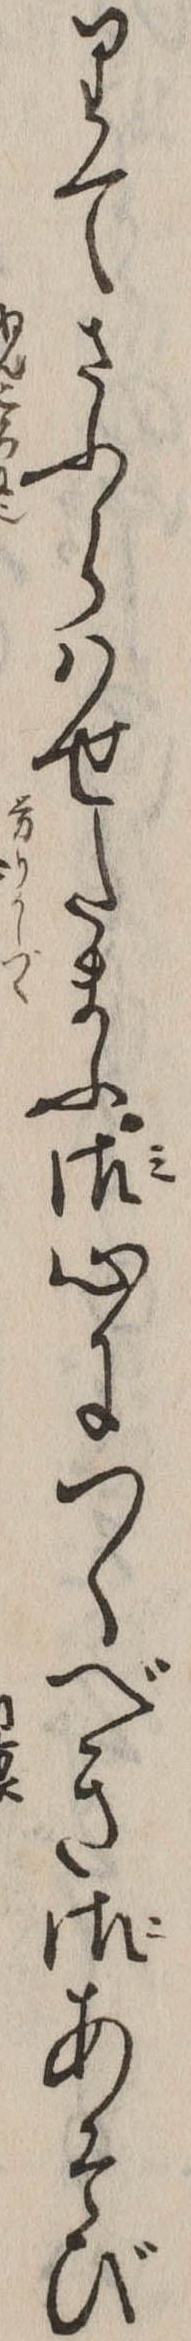
りてさふらはせたまふ御心につくべき御あそび